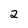
Character: 2